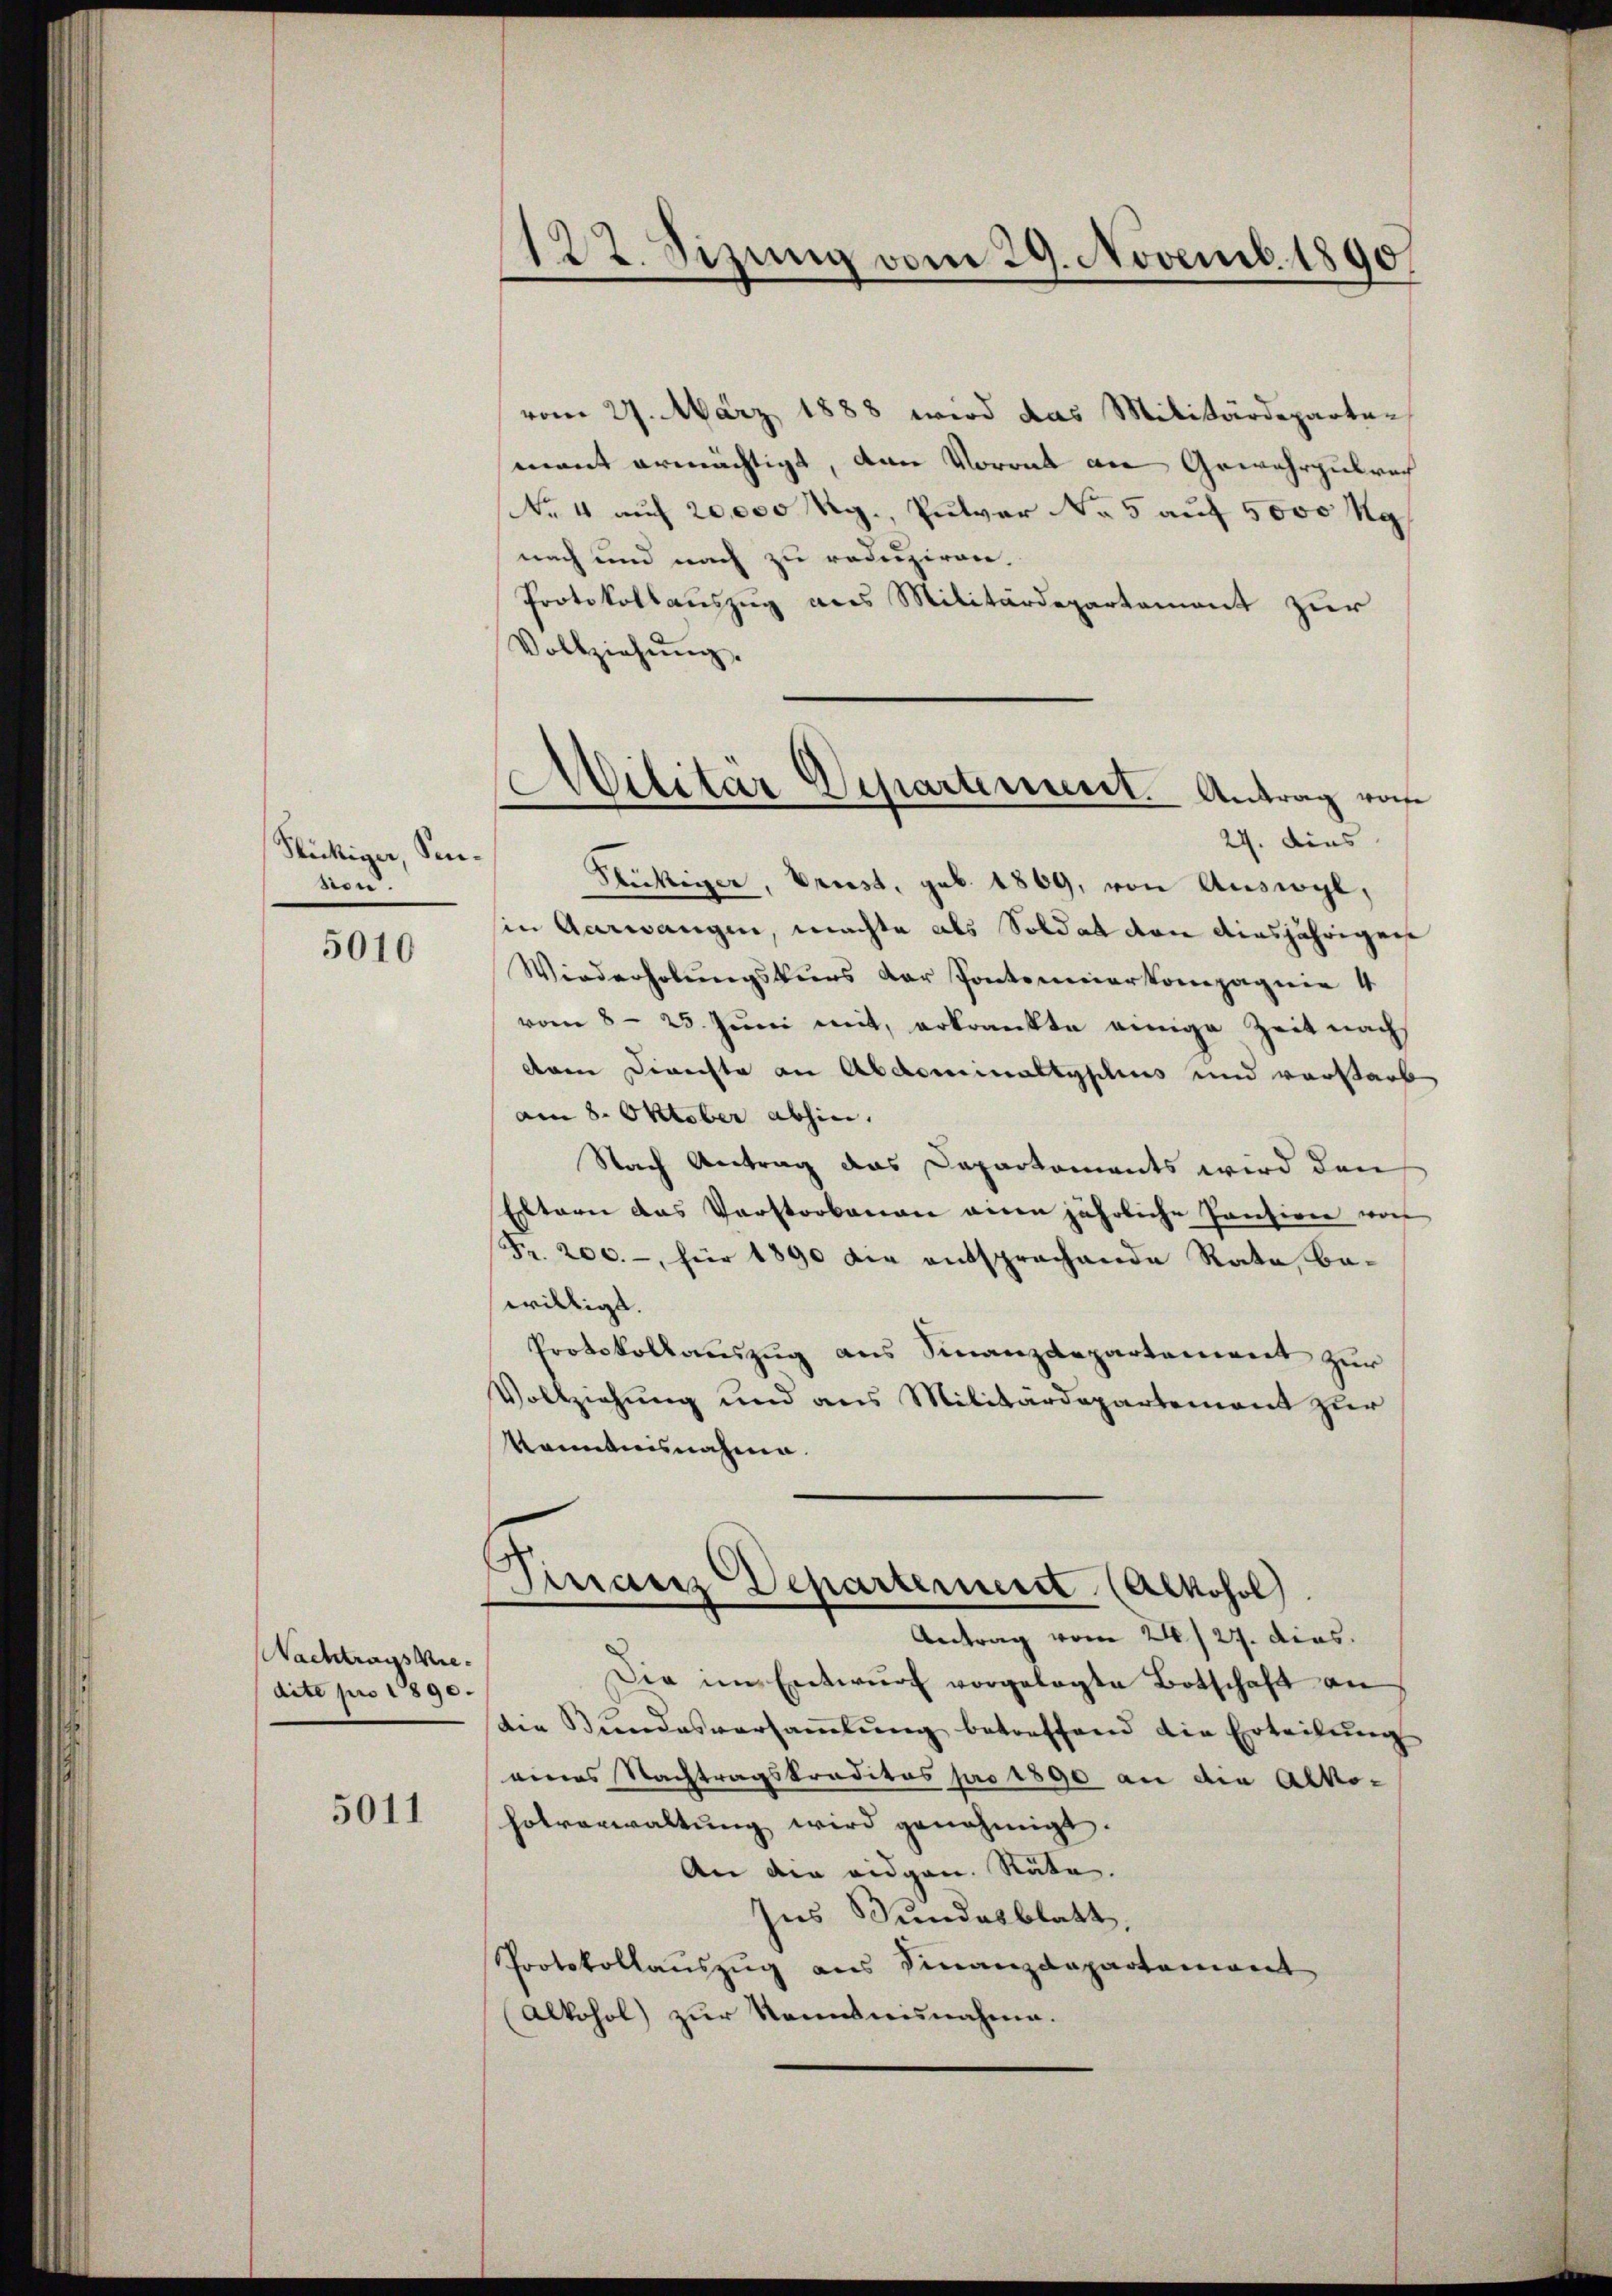
Fleckiger, Sension.

5010

Nachtrags viedite pro 1890.

5011

122. Sizung vom 29. Novemb. 1890

vom 27. März 1888 wird das Militärdeparten
mant ermächtigt, dann Vorrat an Gewahrzubrach
No 4 auf 20,000 Rg., Pulver No 5 auf 5000 kg
nach und nach zu reduziren.
Protokollauszug aus Militärdepartement zur
Vollziehŭng.
Stuckiger, Prust, geb. 1869, von Auswyl,
in Aarwangen, machte als Soldat von diesjährigen
Wiederholungskurs der Pontenmeierkompagnie 4
vom 8. 25. Juni mit, erkrankte einige Zeit nach
dnen Direchte an Abdominaltyplius und vorstarb
am 8. Oktober abhin.
Nach Antrag das Departements wird den
Eltern das Verstorbenen einen jährliche Pantion vors
Fr. 200.- für 1890 die entsprechende Rate, bewilligt.
Protokollauszug aus Finanzdepartement zur
Vollziehung und aus Militärdepartement zur
kanntnisnahme.
Finanz Departement (Alkohol.
Antrag vom 24. 27. dies.
Die im Entwŭrf vorgelegte Botschaft an
Die Kindesversaṁlŭng betreffend die Erteilŭng
eines Nachtragskreditas pro 1890 an die Alko-
holverwaltŭng wird genehmigt.
An die eidgen. Räte.
Ins Bundesblatt
Protokollaŭszŭg ans Finanzdepartamant
Alkohol) zur Kenntnisnahme.

Militär Departerneret. Antrag von
24. dies